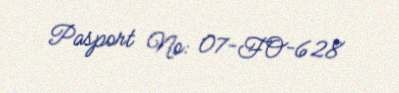
Pasport №: 07-FO-628